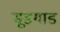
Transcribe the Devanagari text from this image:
सूडगाड